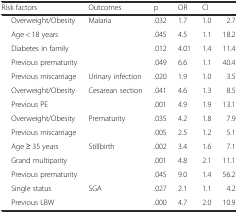
<table><thead><tr><td><b>Risk factors</b></td><td><b>Outcomes</b></td><td><b>p</b></td><td><b>OR</b></td><td colspan="2"><b>CI</b></td></tr></thead><tbody><tr><td>Overweight/Obesity</td><td>Malaria</td><td>.032</td><td>1.7</td><td>1.0</td><td>2.7</td></tr><tr><td>Age &lt; 18 years</td><td></td><td>.045</td><td>4.5</td><td>1.1</td><td>18.2</td></tr><tr><td>Diabetes in family</td><td></td><td>.012</td><td>4.01</td><td>1.4</td><td>11.4</td></tr><tr><td>Previous prematurity</td><td></td><td>.049</td><td>6.6</td><td>1.1</td><td>40.4</td></tr><tr><td>Previous miscarriage</td><td>Urinary infection</td><td>.020</td><td>1.9</td><td>1.0</td><td>3.5</td></tr><tr><td>Overweight/Obesity</td><td>Cesarean section</td><td>.041</td><td>4.6</td><td>1.3</td><td>8.5</td></tr><tr><td>Previous PE</td><td></td><td>.001</td><td>4.9</td><td>1.9</td><td>13.1</td></tr><tr><td>Overweight/Obesity</td><td>Prematurity</td><td>.035</td><td>4.2</td><td>1.8</td><td>7.9</td></tr><tr><td>Previous miscarriage</td><td></td><td>.005</td><td>2.5</td><td>1.2</td><td>5.1</td></tr><tr><td>Age ≥ 35 years</td><td>Stillbirth</td><td>.002</td><td>3.4</td><td>1.6</td><td>7.1</td></tr><tr><td>Grand multiparity</td><td></td><td>.001</td><td>4.8</td><td>2.1</td><td>11.1</td></tr><tr><td>Previous prematurity</td><td></td><td>.045</td><td>9.0</td><td>1.4</td><td>56.2</td></tr><tr><td>Single status</td><td>SGA</td><td>.027</td><td>2.1</td><td>1.1</td><td>4.2</td></tr><tr><td>Previous LBW</td><td></td><td>.000</td><td>4.7</td><td>2.0</td><td>10.9</td></tr></tbody></table>